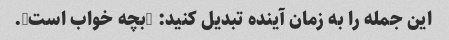
این جمله را به زمان آینده تبدیل کنید: "بچه خواب است".